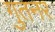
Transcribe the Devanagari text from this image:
गुतनर